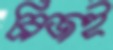
ব্রিজই